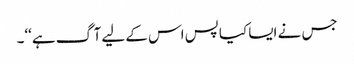
جس نے ایسا کیا پس اس کے لیے آگ ہے‘‘۔